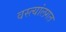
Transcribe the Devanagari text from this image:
वस्त्यांलगत